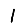
Digit: 1